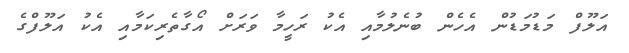
އަލޫފް މަޑުމަޑުން އެހެން ބުނެލުމާއި އެކު ރަހީމާ ވަރަށް އޯގާތެރިކަމާއި އެކު އަލޫފްގެ